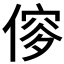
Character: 𠌌